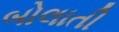
બોલાતી